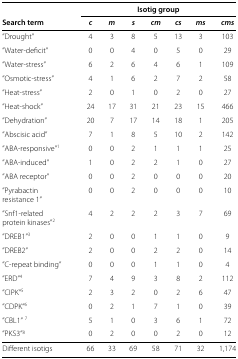
<table><thead><tr><td><b> </b></td><td colspan="6"><b>Isotig group</b></td><td><b> </b></td></tr></thead><tbody><tr><td><b>Search term</b></td><td><b><i>c</i></b></td><td><b><i>m</i></b></td><td><b><i>s</i></b></td><td><b><i>cm</i></b></td><td><b><i>cs</i></b></td><td><b><i>ms</i></b></td><td><b><i>cms</i></b></td></tr><tr><td>”Drought”</td><td>4</td><td>3</td><td>8</td><td>5</td><td>13</td><td>3</td><td>103</td></tr><tr><td>”Water-deficit”</td><td>0</td><td>0</td><td>4</td><td>0</td><td>5</td><td>0</td><td>29</td></tr><tr><td>”Water-stress”</td><td>6</td><td>2</td><td>6</td><td>4</td><td>6</td><td>1</td><td>109</td></tr><tr><td>”Osmotic-stress”</td><td>4</td><td>1</td><td>6</td><td>2</td><td>7</td><td>2</td><td>58</td></tr><tr><td>”Heat-stress”</td><td>2</td><td>0</td><td>1</td><td>0</td><td>2</td><td>0</td><td>27</td></tr><tr><td>”Heat-shock”</td><td>24</td><td>17</td><td>31</td><td>21</td><td>23</td><td>15</td><td>466</td></tr><tr><td>”Dehydration”</td><td>20</td><td>7</td><td>17</td><td>14</td><td>18</td><td>1</td><td>205</td></tr><tr><td>”Abscisic acid”</td><td>7</td><td>1</td><td>8</td><td>5</td><td>10</td><td>2</td><td>142</td></tr><tr><td>”ABA-responsive”<sup>1</sup></td><td>0</td><td>0</td><td>2</td><td>1</td><td>1</td><td>1</td><td>25</td></tr><tr><td>”ABA-induced”</td><td>1</td><td>0</td><td>2</td><td>2</td><td>1</td><td>0</td><td>27</td></tr><tr><td>”ABA receptor”</td><td>0</td><td>0</td><td>2</td><td>0</td><td>0</td><td>0</td><td>20</td></tr><tr><td>”Pyrabactinresistance 1”</td><td>0</td><td>0</td><td>2</td><td>0</td><td>0</td><td>0</td><td>10</td></tr><tr><td>”Snf1-relatedprotein kinases”<sup>2</sup></td><td>4</td><td>2</td><td>2</td><td>2</td><td>3</td><td>7</td><td>69</td></tr><tr><td>”DREB1”<sup>3</sup></td><td>2</td><td>0</td><td>0</td><td>1</td><td>1</td><td>0</td><td>9</td></tr><tr><td>”DREB2”</td><td>2</td><td>0</td><td>0</td><td>2</td><td>2</td><td>0</td><td>14</td></tr><tr><td>”C-repeat binding”</td><td>0</td><td>0</td><td>0</td><td>1</td><td>1</td><td>0</td><td>4</td></tr><tr><td>”ERD”<sup>4</sup></td><td>7</td><td>4</td><td>9</td><td>3</td><td>8</td><td>2</td><td>112</td></tr><tr><td>”CIPK”<sup>5</sup></td><td>2</td><td>3</td><td>2</td><td>0</td><td>2</td><td>6</td><td>47</td></tr><tr><td>”CDPK”<sup>6</sup></td><td>0</td><td>2</td><td>1</td><td>7</td><td>1</td><td>0</td><td>39</td></tr><tr><td>”CBL1” <sup>7</sup></td><td>5</td><td>1</td><td>0</td><td>3</td><td>6</td><td>1</td><td>72</td></tr><tr><td>”PKS3”<sup>8</sup></td><td>0</td><td>2</td><td>0</td><td>0</td><td>2</td><td>0</td><td>12</td></tr><tr><td>Different isotigs</td><td>66</td><td>33</td><td>69</td><td>58</td><td>71</td><td>32</td><td>1,174</td></tr></tbody></table>